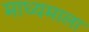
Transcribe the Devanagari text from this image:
माध्यमाला